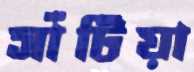
সাঁটিয়া